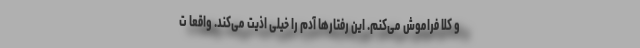
و کلا فراموش می‌کنم. این رفتارها آدم را خیلی اذیت می‌کند. واقعا ت